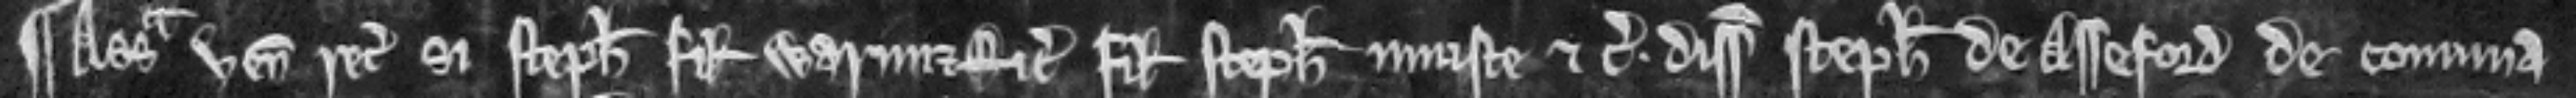
¶ Assisa venit recognitura si Stephanus filius Warini et Ricardus filius Stephani injuste etc. disseisiverunt Stephanum de Asseford de communa